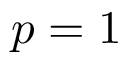
p = 1